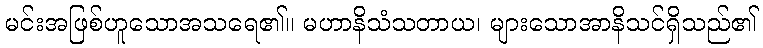
မင်းအဖြစ်ဟူသောအသရေ၏။ မဟာနိသံသတာယ၊ များသောအာနိသင်ရှိသည်၏